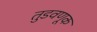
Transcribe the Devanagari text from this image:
तुडवणूक